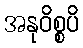
အနုဝိစ္စပိ